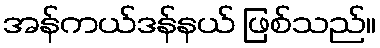
အန်ကယ်ဒန်နယ် ဖြစ်သည်။